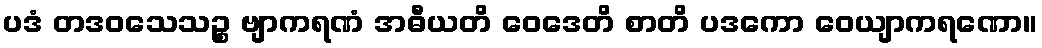
ပဒံ တဒဝသေသဉ္စ ဗျာကရဏံ အဓီယတိ ဝေဒေတိ စာတိ ပဒကော ဝေယျာကရဏော။